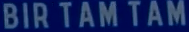
BIR TAM TAM